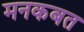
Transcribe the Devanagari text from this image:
मनकबत